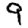
Digit: 9